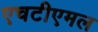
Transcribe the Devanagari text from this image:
एचटीएमल